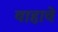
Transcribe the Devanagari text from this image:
वाहावे